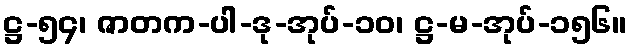
ဋ္ဌ-၅၄၊ ဇာတက-ပါ-ဒု-အုပ်-၁၀၊ ဋ္ဌ-မ-အုပ်-၁၅၆။